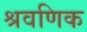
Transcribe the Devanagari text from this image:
श्रवणिक